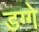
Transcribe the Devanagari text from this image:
डग्गे